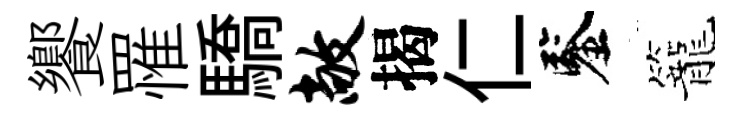
饗罹驕敞揭仁鑒籠